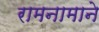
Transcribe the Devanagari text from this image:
रामनामाने